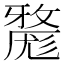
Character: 𱚮